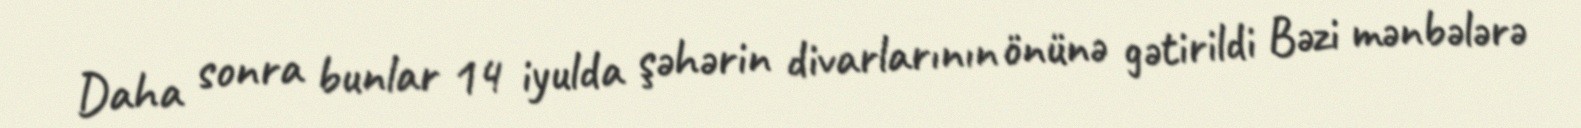
Daha sonra bunlar 14 iyulda şəhərin divarlarının önünə gətirildi Bəzi mənbələrə